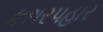
કથરપહાર